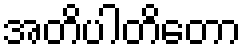
အတိပါတိတော